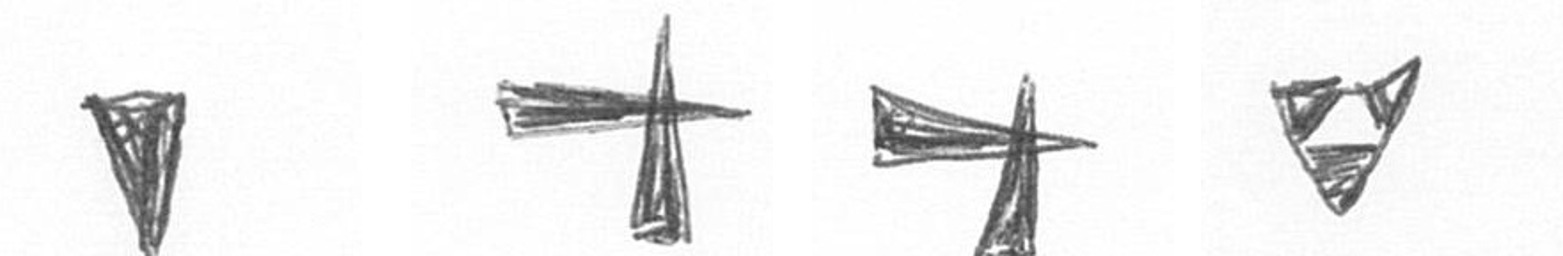
J G G S